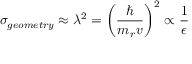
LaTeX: \sigma _ { g e o m e t r y } \approx \lambda ^ { 2 } = { \bigg ( } { \frac { \hbar } { m _ { r } v } } { \bigg ) } ^ { 2 } \propto { \frac { 1 } { \epsilon } }